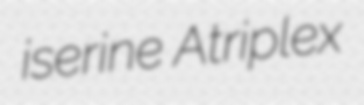
iserine Atriplex